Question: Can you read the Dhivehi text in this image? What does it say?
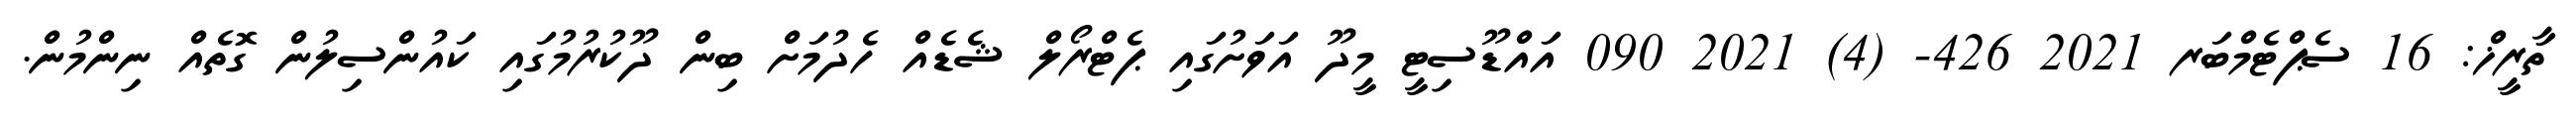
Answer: ތާރީޚް: 16 ސެޕްޓެމްބަރ 2021 426- (4) 2021 090 އައްޑޫސިޓީ މީދޫ އަވަށުގައި ޕެޓްރޯލް ޝެޑެއް ހެދުމަށް ބިން ދޫކުރުމުގައި ކައުންސިލުން ގޮތެއް ނިންމުން.